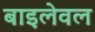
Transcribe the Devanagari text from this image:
बाइलेवल